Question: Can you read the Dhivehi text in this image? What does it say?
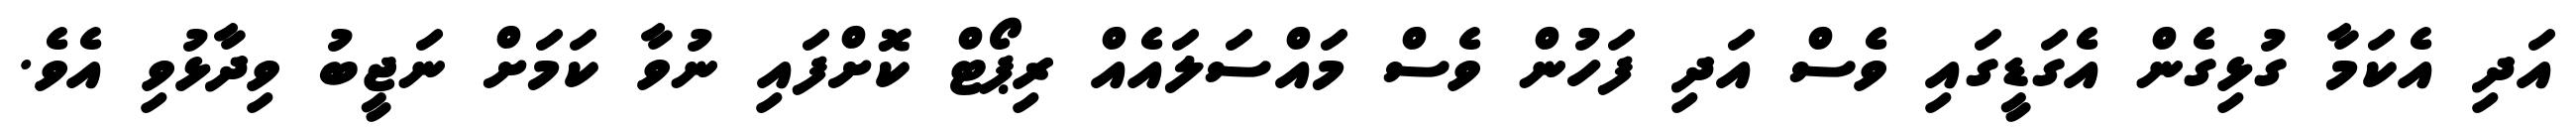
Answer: އަދި އެކަމާ ގުޅިގެން އެގަޑީގައި ވެސް އަދި ފަހުން ވެސް މައްސަލައެއް ރިޕޯޓް ކޮށްފައި ނުވާ ކަމަށް ނަޖީބު ވިދާޅުވި އެވެ.